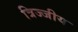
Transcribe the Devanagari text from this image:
त्रिज्जीय